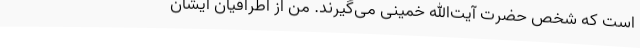
است‌ که‌ شخص‌ حضرت‌ آیت‌الله خمینی‌ می‌گیرند. من‌ از اطرافیان‌ ایشان‌